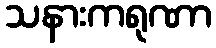
သနားကရုဏာ